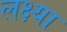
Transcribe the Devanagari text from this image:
लक्ष्‍या